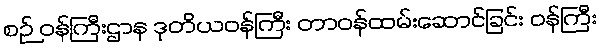
စဉ် ဝန်ကြီးဌာန ဒုတိယဝန်ကြီး တာဝန်ထမ်းဆောင်ခြင်း ဝန်ကြီး